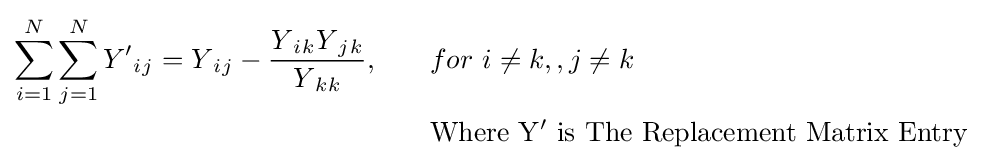
{\begin{aligned}\sum _{i=1}^{N}\sum _{j=1}^{N}Y'{_{i}}{_{j}}=Y{_{i}}{_{j}}-{\frac {Y{_{i}}{_{k}}Y{_{j}}{_{k}}}{Y{_{k}}{_{k}}}},&\qquad for\ i\neq k,,j\neq k\\&\qquad \mathrm {Where\ Y'\ is\ The\ Replacement\ Matrix\ Entry} \\\end{aligned}}